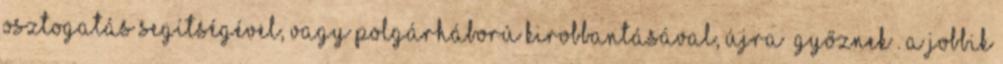
osztogatás segítsé­gével, vagy polgárháború kirobbantásával, újra „győznek”. A Job­bik